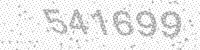
Solution: 541699